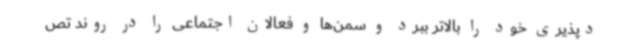
دپذیری خود را بالاتر ببرد و سمن‌ها و فعالان اجتماعی را در روند تص